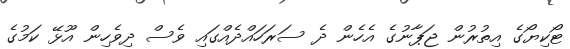
ޓޯކިޔޯގެ އިތުރުން ޖަޕާނުގެ އެހެން ދެ ސަރަހައްދެއްގައި ވެސް ދިވެހިން އޫޅޭ ކަމުގެ